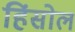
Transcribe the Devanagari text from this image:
हिंसोल